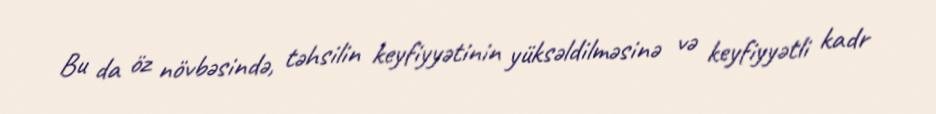
Bu da öz növbəsində, təhsilin keyfiyyətinin yüksəldilməsinə və keyfiyyətli kadr